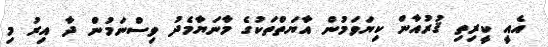
އެއީ ކީރިތި ޤުރުއާން ކިޔަވަމުން އާޔަތްތަކުގެ މާނަޔާމެދު ވިސްނަމުން ދާ އިރު މި